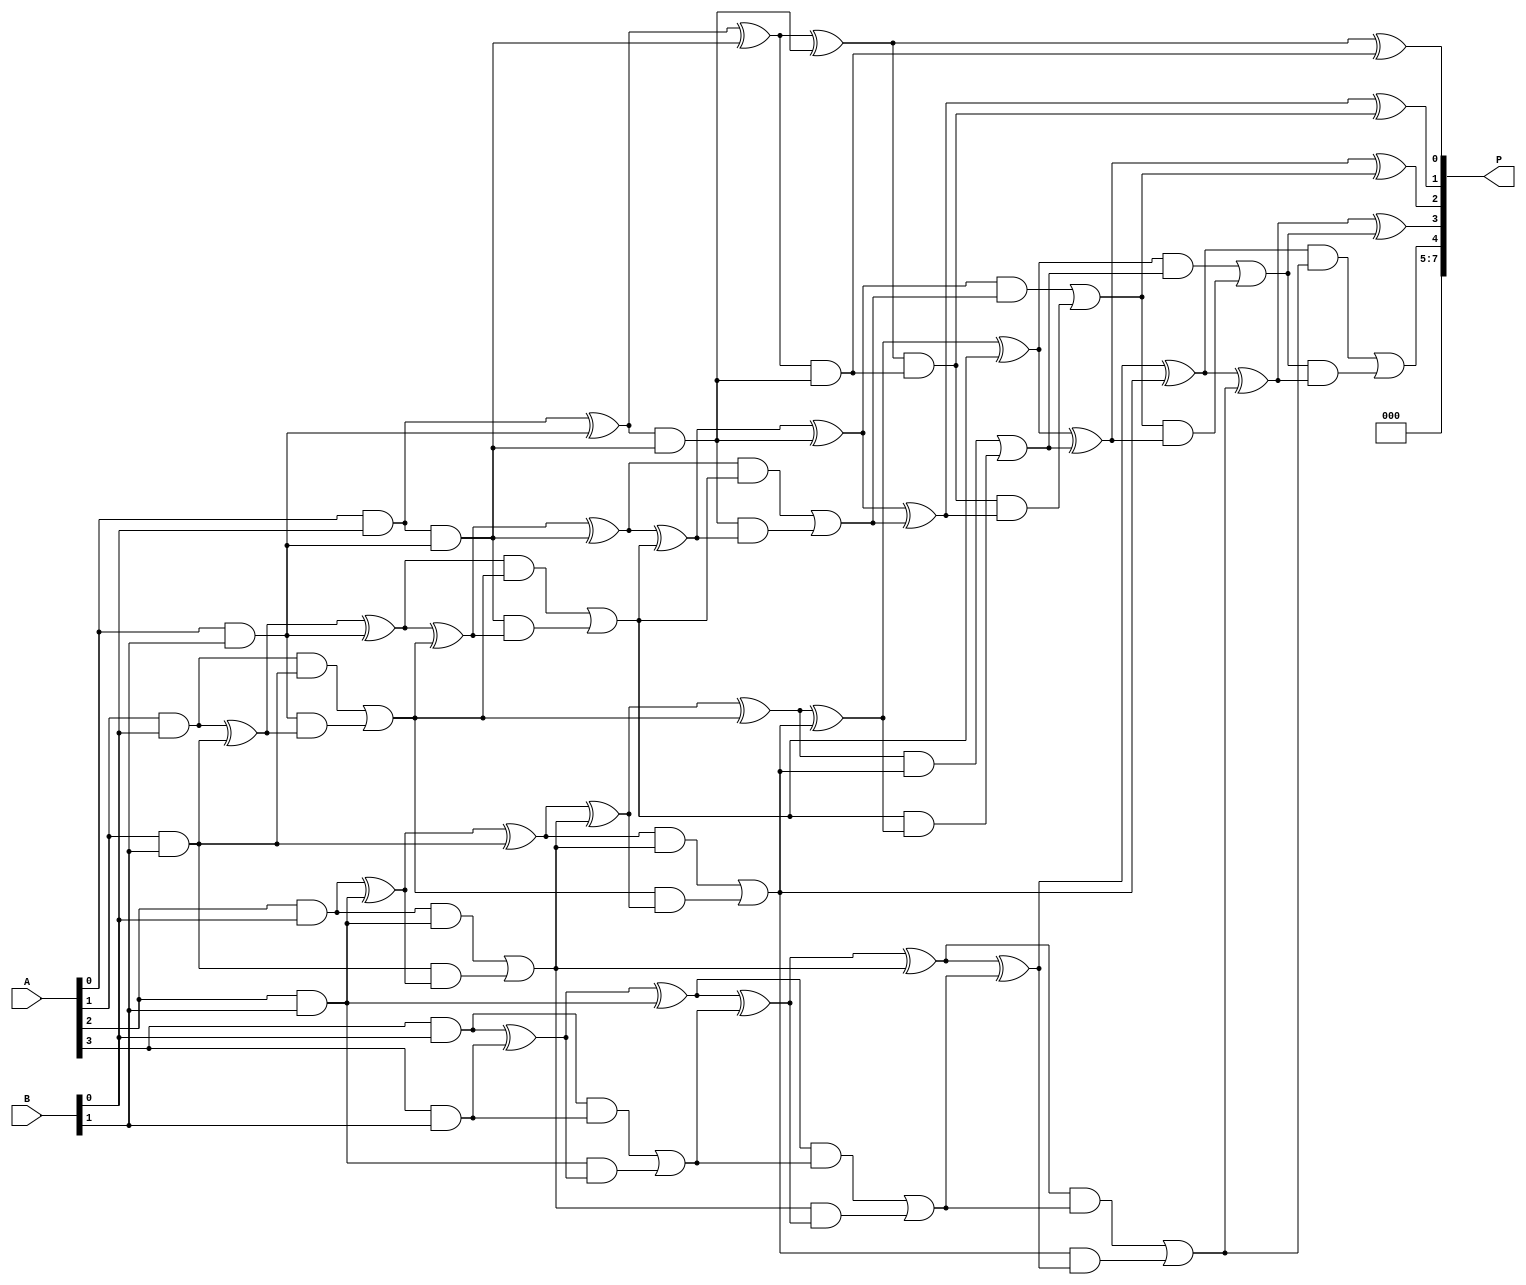
module low_power_wallace_tree_multiplier #(parameter N = 4) (
    input  [N-1:0] A,
    input  [N-1:0] B,
    output [2*N-1:0] P
);

    // Partial product generation
    wire [N-1:0] pp [N-1:0]; // Partial products
    genvar i, j;
    generate
        for (i = 0; i < N; i = i + 1) begin : partial_product_gen
            for (j = 0; j < N; j = j + 1) begin : pp_gen
                assign pp[i][j] = A[j] & B[i];
            end
        end
    endgenerate

    // Wallace Tree reduction
    wire [N-1:0] sum [N:0]; // Sums at each stage
    wire [N:0] carry [N:0]; // Carries at each stage

    // Initialize the first stage with partial products
    assign sum[0] = pp[0];
    assign carry[0] = {1'b0, pp[1]}; // Carry for the first addition

    // Wallace tree reduction stages
    generate
        for (i = 1; i < N; i = i + 1) begin : reduction_stage
            // Use half and full adders for reduction
            wire [N-1:0] temp_sum;
            wire [N-1:0] temp_carry;

            // Half adder for the first two bits
            assign temp_sum[0] = sum[i-1][0] ^ carry[i-1][0];
            assign temp_carry[0] = sum[i-1][0] & carry[i-1][0];

            // Full adders for remaining bits
            genvar k;
            for (k = 1; k < N; k = k + 1) begin : full_adders
                wire a, b, c;
                assign a = sum[i-1][k];
                assign b = carry[i-1][k];
                assign c = carry[i-1][k-1];

                assign temp_sum[k] = a ^ b ^ c;
                assign temp_carry[k] = (a & b) | (c & (a ^ b));
            end

            // Assign results to next stage
            assign sum[i] = temp_sum;
            assign carry[i] = {temp_carry[N-1], temp_carry[N-2:0]};
        end
    endgenerate

    // Final addition of the last stage
    wire [N:0] final_sum;
    wire [N:0] final_carry;

    assign final_sum[0] = sum[N-1][0] ^ carry[N-1][0];
    assign final_carry[0] = sum[N-1][0] & carry[N-1][0];

    genvar l;
    for (l = 1; l < N; l = l + 1) begin : final_adders
        wire a, b, c;
        assign a = sum[N-1][l];
        assign b = carry[N-1][l];
        assign c = final_carry[l-1];

        assign final_sum[l] = a ^ b ^ c;
        assign final_carry[l] = (a & b) | (c & (a ^ b));
    end

    // Final product output
    assign P = {final_carry[N-1], final_sum[N-1:0]};

endmodule